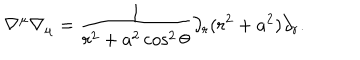
\nabla ^ { \mu } \nabla _ { \mu } = \frac 1 { r ^ { 2 } + a ^ { 2 } \cos ^ { 2 } \theta } \partial _ { r } ( r ^ { 2 } + a ^ { 2 } ) \partial _ { r } .